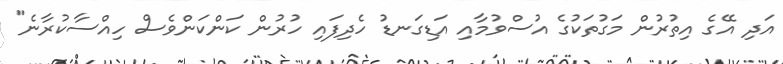
އަދި އޭގެ އިތުރުން މަގުތަކުގެ އުސްވުމާއި އަޑިގަނޑު ހެދިފައި ހުރުން ކަންކަންވެސް ހިއްސާކުރާނެ"